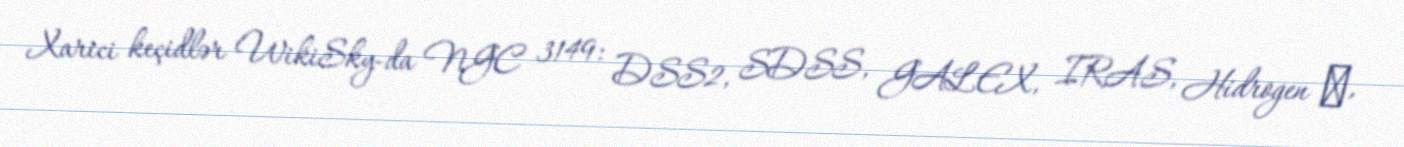
Xarici keçidlər WikiSky-da NGC 3149: DSS2, SDSS, GALEX, IRAS, Hidrogen α,